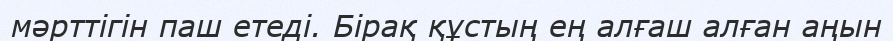
мәрттігін паш етеді. Бірақ құстың ең алғаш алған аңын